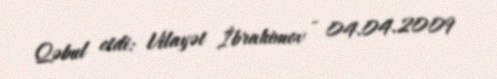
Qəbul etdi: Vilayət İbrahimov - 04.04.2009